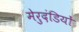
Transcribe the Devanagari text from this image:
मेरुदंडियों